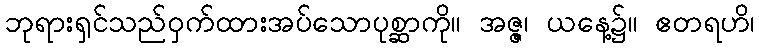
ဘုရားရှင်သည်ဝှက်ထားအပ်သောပုစ္ဆာကို။ အဇ္ဇ၊ ယနေ့၌။ ဧတရဟိ၊